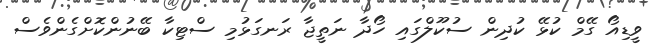
ވީޑިއޯ ގޭމް ކުޅޭ ކުދިން ސުކޫލްގައި ހޯދާ ނަތީޖާ ރަނގަޅުމި ސްޓިކާ ބޭނުންކޮށްގެންވެސް